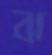
ঝ